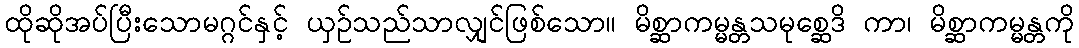
ထိုဆိုအပ်ပြီးသောမဂ္ဂင်နှင့် ယှဉ်သည်သာလျှင်ဖြစ်သော။ မိစ္ဆာကမ္မန္တသမုစ္ဆေဒိ ကာ၊ မိစ္ဆာကမ္မန္တကို